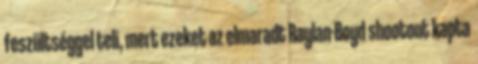
feszültséggel teli, mert ezeket az elmaradt Raylan-Boyd shootout kapta